Structure of Hæmatopota pluvialis (Meigen) - Number 55
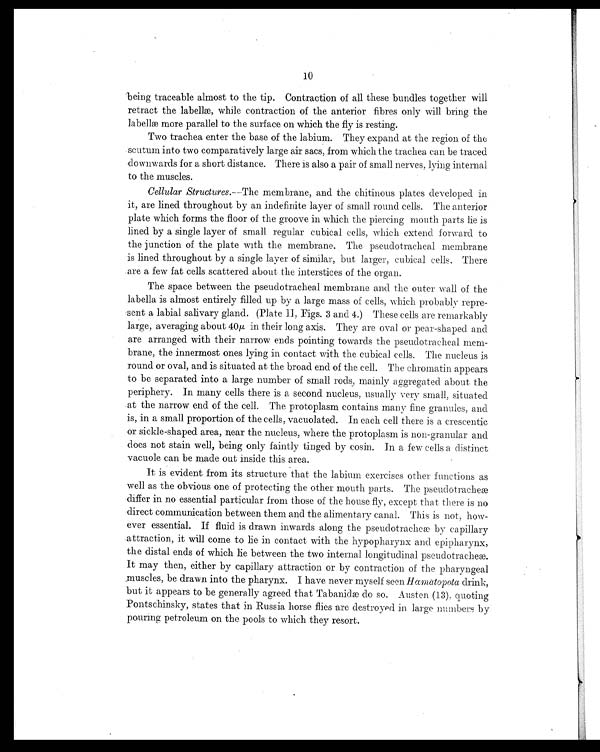
10
being traceable almost to the tip. Contraction of all these bundles together will
retract the
labellæ, while contraction of the anterior fibres only will bring the
labellæ more parallel to the surface on which the fly is resting.
Two trachea enter the base of the labium. They expand at the region of th
e
scutum into two comparatively large air sacs, from which the trachea can be traced
downwards for a short distance. There is also a pair of small nerves, lying internal
to the muscles.
Cellular Structures.—The membrane, and the chitinous plates developed in
it, are lined throughout by an indefinite layer of small round cells. The anterior
plate which forms the floor of the groove in which the piercing mouth parts lie is
lined by a single layer of small regular cubical cells, which extend forward to
the junction of the plate with the membrane. The pseudotracheal membrane
is lined throughout by a single layer of similar, but larger, cubical cells. There
are a few fat cells scattered about the interstices of the organ.
The space between the pseudotracheal membrane and the outer wall of the
labella is almost entirely filled up by a large mass of cells, which probably repre
- sent a labial salivary gland. (Plate II, Figs. 3 and 4.) These cells are remarkably
large, averaging about 40µ in their long axis. They are oval or pear-shaped and
are arranged with their narrow ends pointing towards the pseudotracheal mem
- brane, the innermost ones lying in contact with the cubical cells. The nucleus is
round or oval, and is situated at the broad end of the cell. The chromatin appears
to be separated into a large number of small rods, mainly aggregated about the
periphery. In many cells there is a second nucleus, usually very small, situated
at the narrow end of the cell. The protoplasm contains many fine granules, and
is, in a small proportion of the cells, vacuolated. In each cell there is a crescentic
or sickle-shaped area, near the nucleus, where the protoplasm is non-granular and
does not stain well, being only faintly tinged by cosin. In a few cells a distinct
vacuole can be made out inside this area.
It is evident from its structure that the labium exercises other functions as
well as the obvious one of protecting the other mouth parts. The pseudotracheæ
differ in no essential particular from those of the house fly, except that there is no
direct communication between them and the alimentary canal. This is not, how-
ever essential. If fluid is drawn inwards along the pseudotracheæ by capillary
attraction, it will come to lie in contact with the hypopharynx and epipharynx,
the distal ends of which lie between the two internal longitudinal pseudotracheæ.
It may then, either by capillary attraction or by contraction of the pharyngeal
muscles, be drawn into the pharynx. I have never myself seen Hamatopota drink,
but it appears to be generally agreed that Tabanidæ do so. Austen (13), quoting
Pontschinsky, states that in Russia horse flies are destroyed in large numbers by
pouring petroleum on the pools to which they resort.